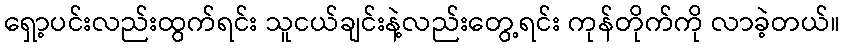
ရှော့ပင်းလည်းထွက်ရင်း သူငယ်ချင်းနဲ့လည်းတွေ့ရင်း ကုန်တိုက်ကို လာခဲ့တယ်။